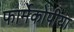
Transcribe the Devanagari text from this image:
फार्मेकोपीया